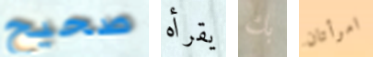
صحيح يقرأه بك امرأتان